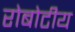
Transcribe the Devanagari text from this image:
रोबोटीय